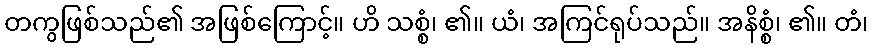
တကွဖြစ်သည်၏ အဖြစ်ကြောင့်။ ဟိ သစ္စံ၊ ၏။ ယံ၊ အကြင်ရုပ်သည်။ အနိစ္စံ၊ ၏။ တံ၊